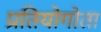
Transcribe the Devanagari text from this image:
प्रतियोगोता